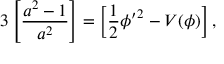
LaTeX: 3 \left[ \frac { a ^ { 2 } - 1 } { a ^ { 2 } } \right] = \left[ \frac { 1 } { 2 } { \phi ^ { \prime } } ^ { 2 } - V ( \phi ) \right] ,